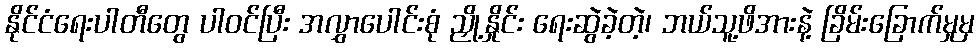
နိုင်ငံရေးပါတီတွေ ပါဝင်ပြီး အလွှာပေါင်းစုံ ညှို့နှိုင်း ရေးဆွဲခဲ့တဲ့၊ ဘယ်သူ့ဖိအားနဲ့ ခြိမ်းခြောက်မှုမှ